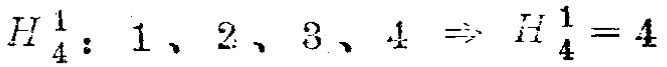
$H_4^1: 1、2、3、4 \Rightarrow H_4^1 = 4$